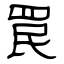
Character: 罠